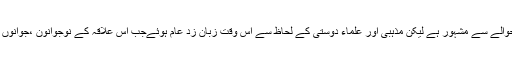
یہ علاقہ ملکی اورغیر ملکی سطح پر پہلے سے ہی ایک خوبصورت تفریح گاہ کےحوالے سے مشہور ہے لیکن مذہبی اور علماء دوستی کے لحاظ سے اس وقت زبان زد عام ہوئےجب اس علاقہ کے نوجوانون ،جوانوں ، سرکردگان ،بزرگ،اور علماء نے اپنے میزبان عالم کو گرفتار ہونے سے بچالئے۔